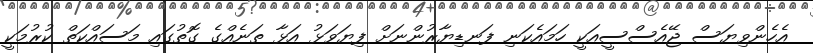
އެހެންވިޔަސް ޖޭއެސްސީއަކީ ހަމައެކަނި ފަނޑިޔާރުންނަށް ފިޔަވަޅު އަޅާ ތަނެއްގެ ގޮތުގައި މަސައްކަތް ކުރުމަކީ